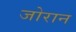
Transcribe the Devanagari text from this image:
जोरान